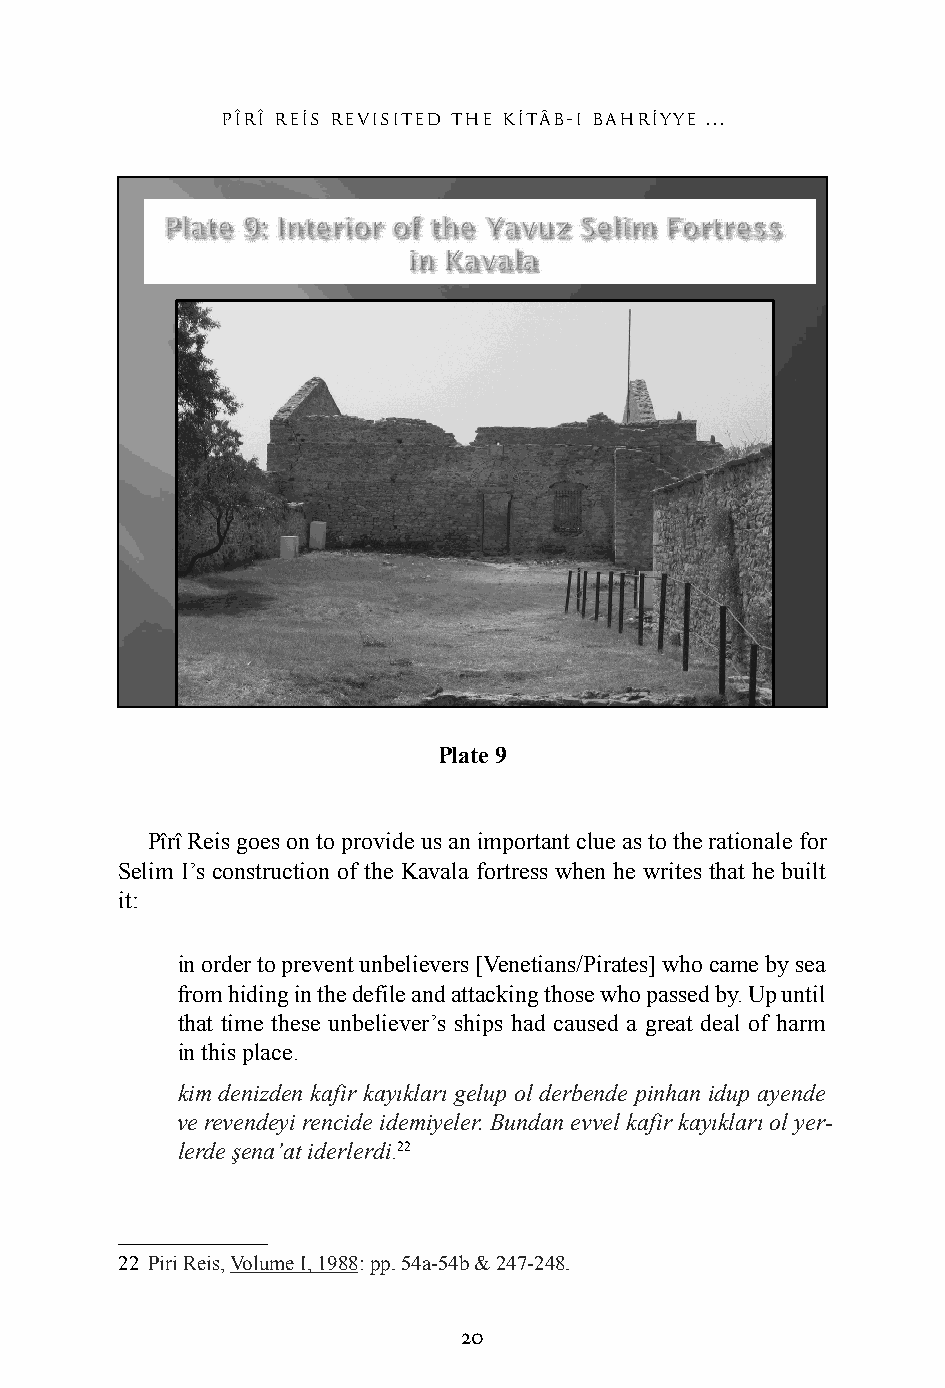
pîrî res revisited the ktâb-ı bahryye ...
 Plate 9
 Pîrî Reis goes on to provide us an important clue as to the rationale for
 Selim I’s construction of the Kavala fortress when he writes that he built
 it:
 in order to prevent unbelievers [Venetians/Pirates] who came by sea
 from hiding in the defile and attacking those who passed by. Up until
 that time these unbeliever’s ships had caused a great deal of harm
 in this place.
 kim denizden kafir kayıkları gelup ol derbende pinhan idup ayende
 ve revendeyi rencide idemiyeler. Bundan evvel kafir kayıkları ol yer-
 lerde şena’at iderlerdi.22
 22 Piri Reis, Volume I, 1988: pp. 54a-54b & 247-248.
 20